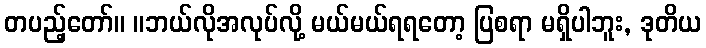
တပည့်တော်။ ။ဘယ်လိုအလုပ်လို့ မယ်မယ်ရရတော့ ပြစရာ မရှိပါဘူး, ဒုတိယ